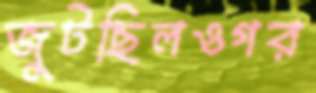
জুটছিলওগর